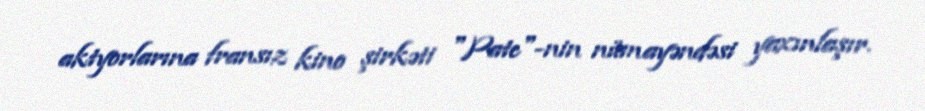
aktyorlarına fransız kino şirkəti "Pate"-nin nümayəndəsi yaxınlaşır.